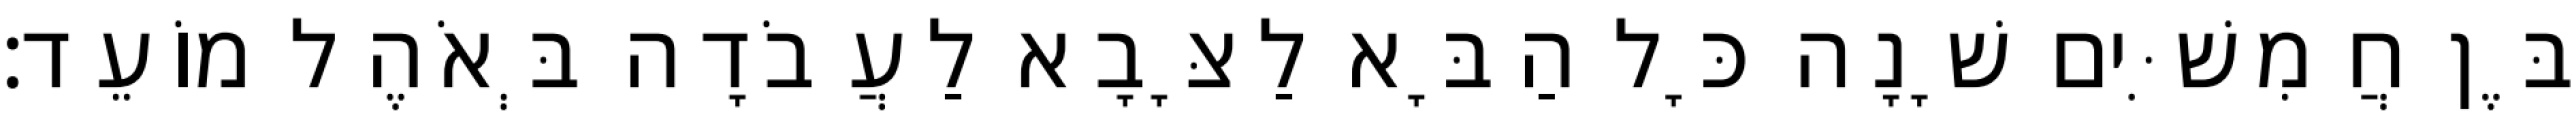
בֶּן חֲמִשִּׁים שָׁנָה כָּל הַבָּא לַצָּבָא לַעֲבֹדָה בְּאֹהֶל מוֹעֵד׃